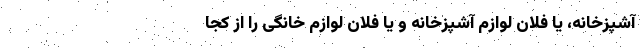
آشپزخانه، یا فلان لوازم آشپزخانه و یا فلان لوازم خانگی را از کجا